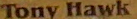
Tony Hawk